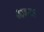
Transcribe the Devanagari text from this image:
आअ